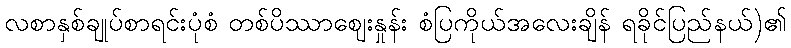
လစာနှစ်ချုပ်စာရင်းပုံစံ တစ်ပိဿာဈေးနှုန်း စံပြကိုယ်အလေးချိန် ရခိုင်ပြည်နယ်)၏